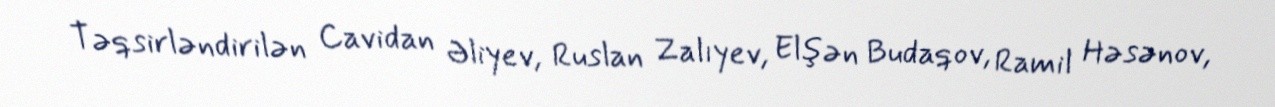
Təqsirləndirilən Cavidan Əliyev, Ruslan Zalıyev, Elşən Budaqov, Ramil Həsənov,